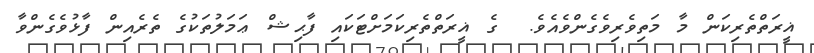
ޣީރަތްތެރިކަން މާ މަތިވެރިވެގެންވެއެވެ.  ގެ ޣީރަތްތެރިކަމަށްޓަކައި ފާޙިޝް ޢަމަލުތަކުގެ ތެރެއިން ފާޅުވެގެންވާ